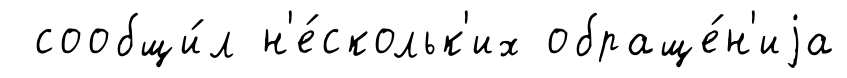
сообщи́л н'е́скольк'их обраще́н'иjа